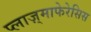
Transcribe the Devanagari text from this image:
प्लाज़्माफेरेसिस